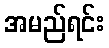
အမည်ရင်း